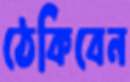
ঠেকিবেন